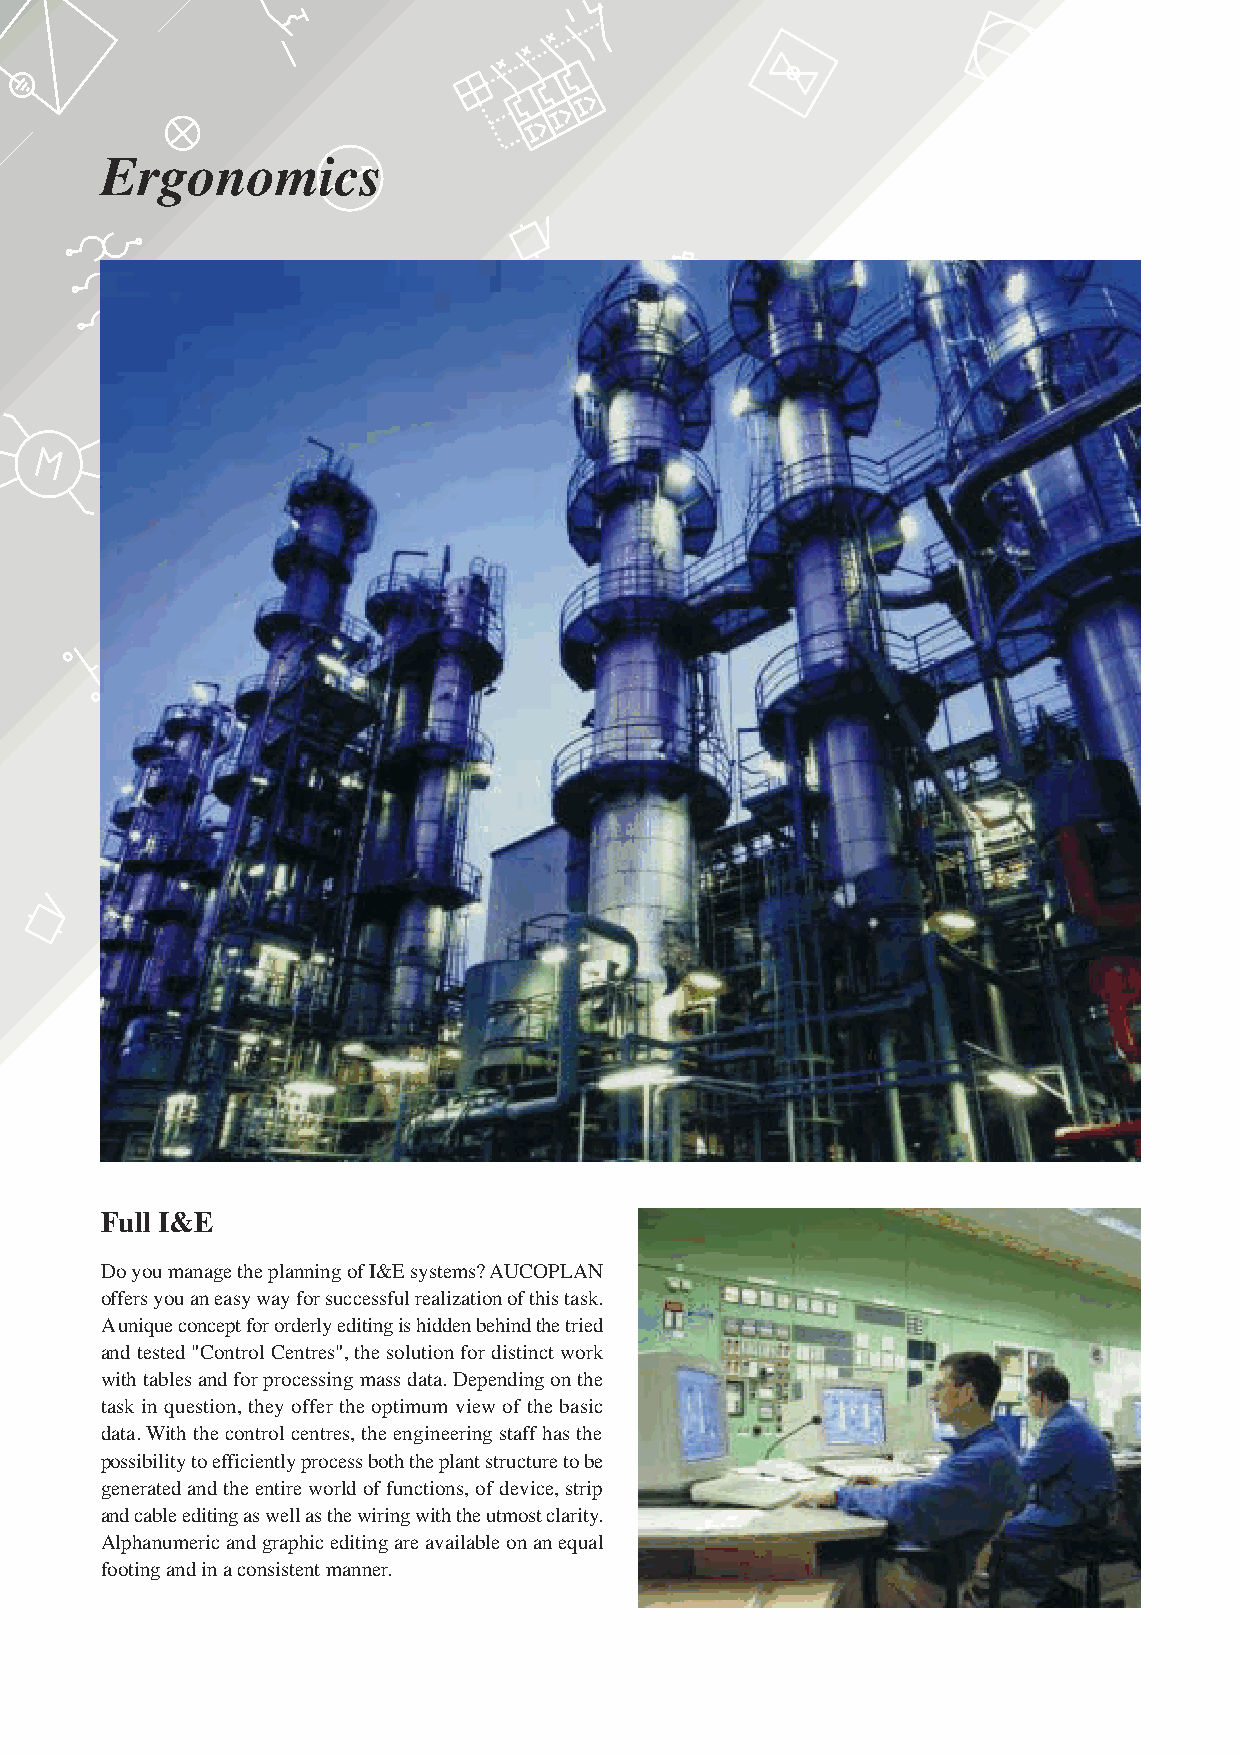
Ergonomics
 Full I&E
 Do you manage the planning of I&E systems? AUCOPLAN
 offers you an easy way for successful realization of this task.
 A unique concept for orderly editing is hidden behind the tried
 and tested "Control Centres", the solution for distinct work
 with tables and for processing mass data. Depending on the
 task in question, they offer the optimum view of the basic
 data. With the control centres, the engineering staff has the
 possibility to efficiently process both the plant structure to be
 generated and the entire world of functions, of device, strip
 and cable editing as well as the wiring with the utmost clarity.
 Alphanumeric and graphic editing are available on an equal
 footing and in a consistent manner.